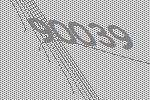
90039